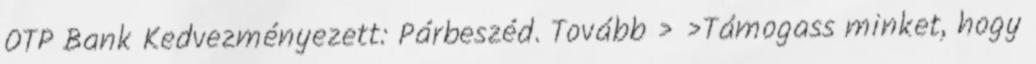
OTP Bank Kedvezményezett: Párbeszéd. Tovább › ›Támogass minket, hogy